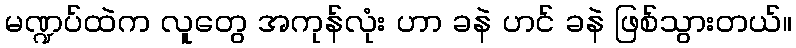
မဏ္ဍပ်ထဲက လူတွေ အကုန်လုံး ဟာ ခနဲ ဟင် ခနဲ ဖြစ်သွားတယ်။